Source: Handwritten
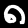
Digit: ၈ (8)